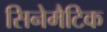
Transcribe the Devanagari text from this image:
सिनेमैटिक